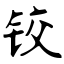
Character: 铰